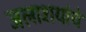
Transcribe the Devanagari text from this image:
जलाशयांचे